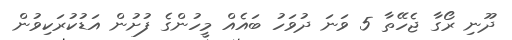
ދޫނި ރޯގާ ޖެހޭތާ 5 ވަނަ ދުވަހު ބައެއް މީހުންގެ ފުށުން އަޑުކުރަކިވުން